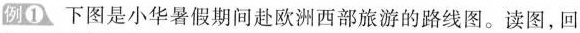
例① 下图是小华暑假期间赴欧洲西部旅游的路线图。读图，回